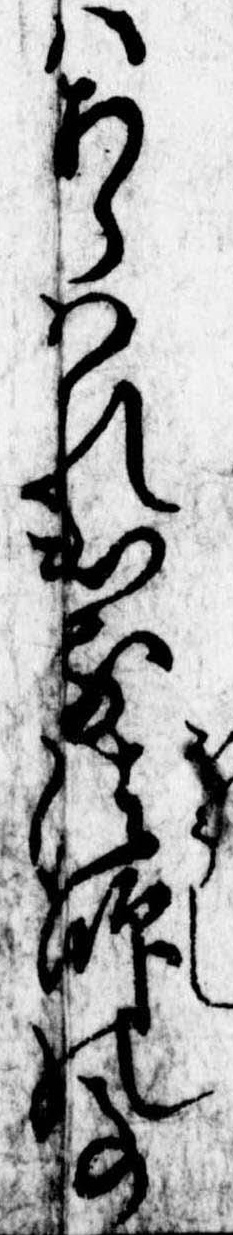
はあらはれ出る法師の事